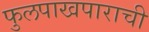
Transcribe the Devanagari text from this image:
फुलपाखपाराची